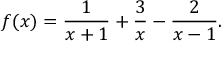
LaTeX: f ( x ) = { \frac { 1 } { x + 1 } } + { \frac { 3 } { x } } - { \frac { 2 } { x - 1 } } .